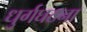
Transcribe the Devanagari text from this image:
धुर्गघटना